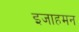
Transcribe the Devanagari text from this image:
इजाहमन